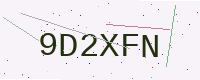
Text: 9D2XFN